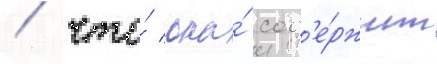
/ что́ она́ сод'е́ржит